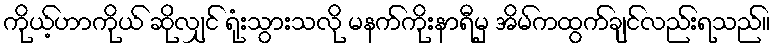
ကိုယ့်ဟာကိုယ် ဆိုလျှင် ရုံးသွားသလို မနက်ကိုးနာရီမှ အိမ်ကထွက်ချင်လည်းရသည်။